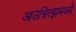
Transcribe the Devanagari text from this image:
आउश्वित्झमध्ये